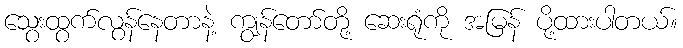
သွေးထွက်လွန်နေတာနဲ့ ကျွန်တော်တို့ ဆေးရုံကို အမြန် ပို့ထားပါတယ်။